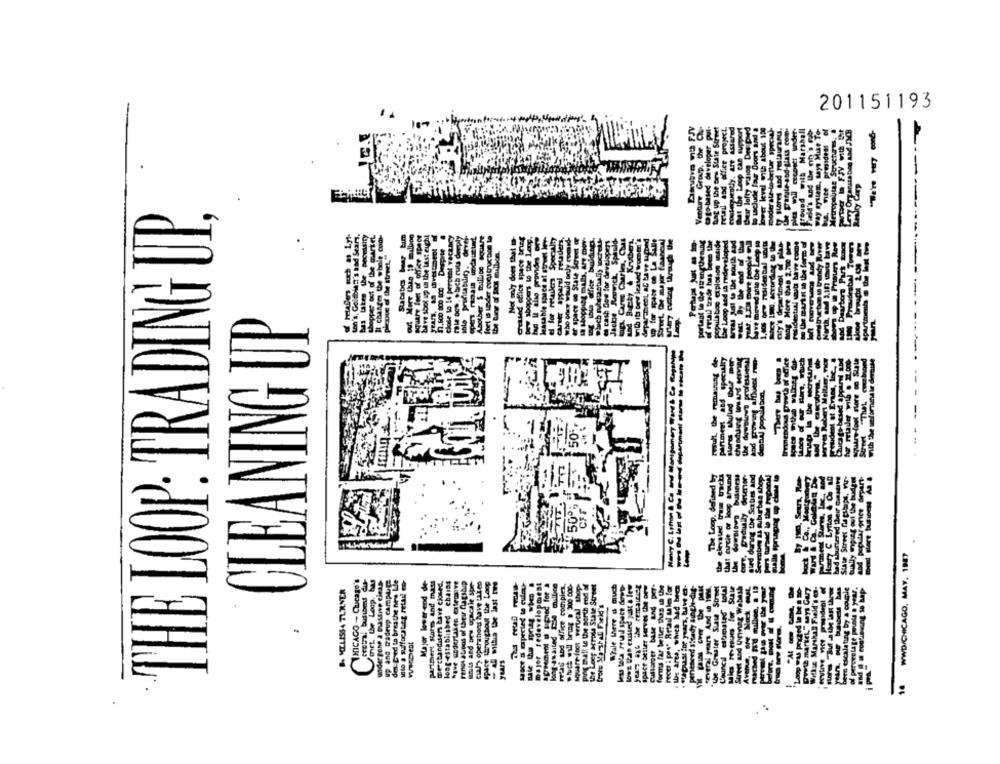
201151193
SAE up the ore State Street
retail and office project.
Chat the Liep can support
Cheir lofty vaiog Des pied
lo saclude faur Doors and a
lower level with about 100
Around with Marshall
Field's und the ofy 's pub
wys Mue To
oto-based developer pu
Metropolitae Structures
Venture Group. the
vice president
----------
Realry Carp
evy OTT
THE LOOP: TRADING UP,
ton's, GoldMen's and Sears.
shopper out of the mrtel.
It changes the whole code-
pleuve of the street, "
for deve
Charla,
CLEANING UP
Fwsull, the remaining de-
partment and specialty
chasdung Wird Moving
serve Robert Mellier, wicy
fuor retailer with . 2.0co
with the weforned le dernise
the dowolowe proress
dental population.
go-based appl
IM
defined Wy
elevsud train tracks
turtle or loog around
downloves business
The Loop, defined zy
Sctbes and
the Pypenal
Saun, Roe-
pnet Girpart-
Ca
C Lytton 4 Ca
shuttered their mastr!
Street napsbags, w
---
Hanry C. LP
WWD/CHICAGO. MAY. 1987
MICACO - Chicago's
Piet. the Loop. has
under gone a mastive cieas-
dm Ged to bres the new Ide
Mayor lower end de-
Ppert Rare and mass
methandsers bave cloud.
loop-established chains
Fengs atipos of their flagsbcp
cialy operaibons have taleo
Al mills De last two
up and tradeup CAMALE
Dager redevelopmest
Ful and silice complex.
PING DA! Le the north end of
the Leer across State Street
WTale Where & much
space Seller serves the new
Callamer base and per-
forms far beller thes & the
Ibe ares, which had beca
-----
"the Greater State Street
Council slimites" total
Laks revenues for Sulle
MELISSA TURNER
Pentheed shady single-dif
23ral Fwek's
square- foot ver
Ww.DieDt
years